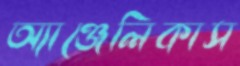
অ্যাঞ্জেলিকাস